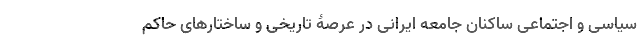
سیاسی و اجتماعی ساکنان جامعه ایرانی در عرصۀ تاریخی و ساختارهای حاکم